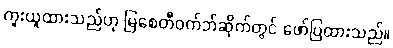
ကူးယူထားသည်ဟု မြစေတီဝက်ဘ်ဆိုက်တွင် ဖော်ပြထားသည်။